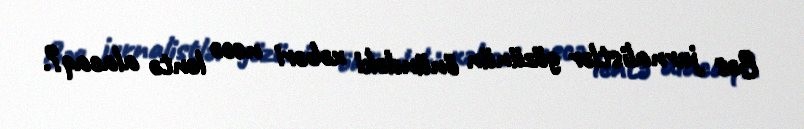
Bəs jurnalistlər gözünün önündəki xəbəri necə lentə alacaq?.